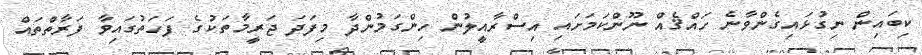
ކިބައިން ނިގުޅައިގެންވާނެ ހައްޤެއް ނޫންކަމަށައި އިސްރާއީލުން ހިންގަމުންދާ މިފަދަ ޖަރީމާތަކުގެ ފަހަތުގައިވާ ފަރާތްތައް